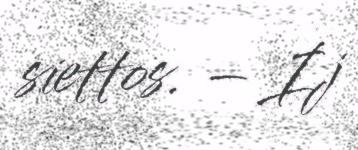
siettos. – Ij